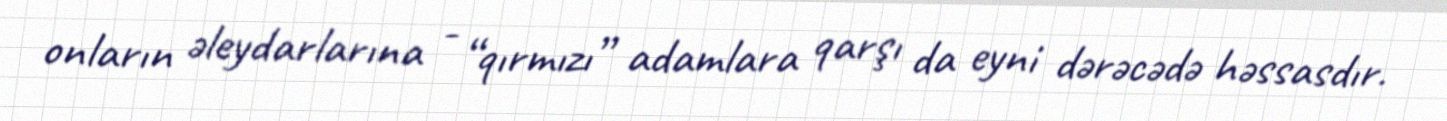
onların əleydarlarına - “qırmızı” adamlara qarşı da eyni dərəcədə həssasdır.